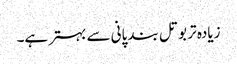
زیادہ تر بوتل بند پانی سے بہتر ہے۔